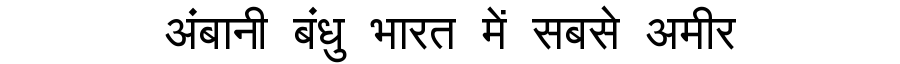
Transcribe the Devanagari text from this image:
अंबानी बंधु भारत में सबसे अमीर